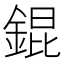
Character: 錕